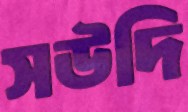
সউদি